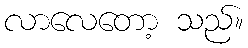
လာလေတော့ သည်။